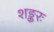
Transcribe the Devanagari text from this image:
शङ्करः